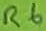
Text: R6